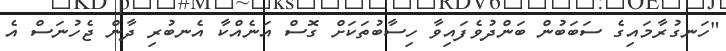
"ހަނގުރާމައިގެ ސަބަބުން ބަންދުވެފައިވާ ހިސާބުތަކަށް ގޮސް އަނެއްކާ އެނބުރި ދާން ޖެހުނަސް އެ